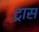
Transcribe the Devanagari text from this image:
ट्रास